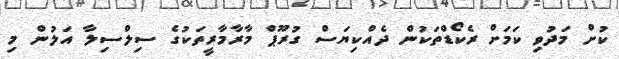
ކުށް މަދުވި ކަމަށް ރެކޯޑްތަކުން ދެއްކިޔަސް ގުރޫޕް މާރާމާރީތަކުގެ ސިލްސިލާ އަލުން މި